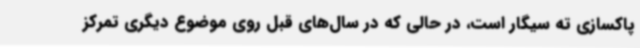
پاکسازی ته سیگار است، در حالی که در سال‌های قبل روی موضوع دیگری تمرکز